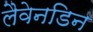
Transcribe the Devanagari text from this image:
लैवेनडिन